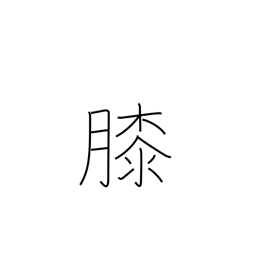
Meaning: lap